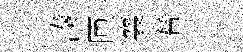
湊匝襄簮